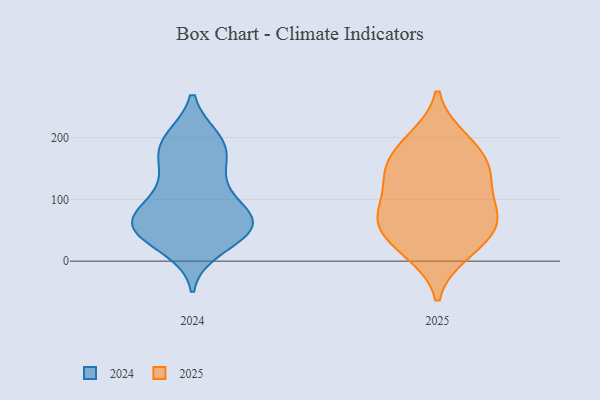
{"axis": {"x": "Tickets Resolved", "y": "Value"}, "legend": ["2024", "2025"], "data": [{"x": "", "y": 47, "type": "2025"}, {"x": "", "y": 106, "type": "2025"}, {"x": "", "y": 197, "type": "2025"}, {"x": "", "y": 71, "type": "2025"}, {"x": "", "y": 11, "type": "2025"}, {"x": "", "y": 49, "type": "2025"}, {"x": "", "y": 169, "type": "2025"}, {"x": "", "y": 143, "type": "2025"}, {"x": "", "y": 84, "type": "2025"}, {"x": "", "y": 66, "type": "2025"}, {"x": "", "y": 125, "type": "2025"}, {"x": "", "y": 200, "type": "2025"}, {"x": "", "y": 13, "type": "2025"}, {"x": "", "y": 62, "type": "2025"}, {"x": "", "y": 153, "type": "2025"}, {"x": "", "y": 149, "type": "2025"}, {"x": "", "y": 115, "type": "2024"}, {"x": "", "y": 154, "type": "2024"}, {"x": "", "y": 65, "type": "2024"}, {"x": "", "y": 22, "type": "2024"}, {"x": "", "y": 196, "type": "2024"}, {"x": "", "y": 49, "type": "2024"}, {"x": "", "y": 150, "type": "2024"}, {"x": "", "y": 64, "type": "2024"}, {"x": "", "y": 53, "type": "2024"}, {"x": "", "y": 64, "type": "2024"}, {"x": "", "y": 73, "type": "2024"}, {"x": "", "y": 181, "type": "2024"}, {"x": "", "y": 191, "type": "2024"}, {"x": "", "y": 35, "type": "2024"}, {"x": "", "y": 73, "type": "2024"}, {"x": "", "y": 52, "type": "2024"}, {"x": "", "y": 103, "type": "2024"}, {"x": "", "y": 197, "type": "2024"}]}